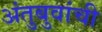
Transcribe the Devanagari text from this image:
अंतुबुवांची